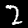
Label: 2